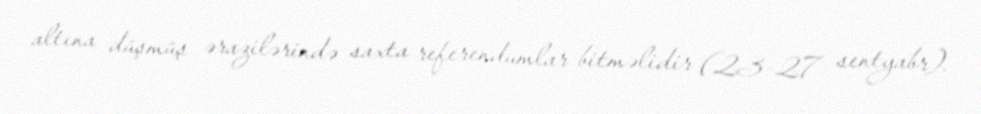
altına düşmüş ərazilərində saxta referendumlar bitməlidir (23-27 sentyabr).